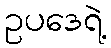
ဥပဒေရဲ့